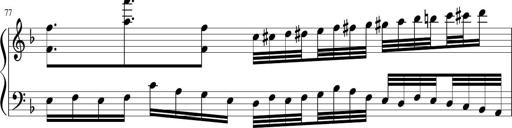
Title: Sonatina in F major
Composer: Ethan Ngo
Key: F major